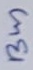
Text: Bus